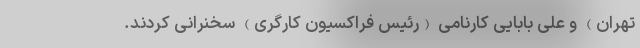
تهران) و علی بابایی کارنامی (رئیس فراکسیون کارگری) سخنرانی کردند.